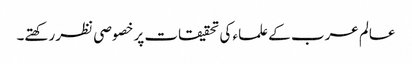
عالم عرب کے علماء کی تحقیقات پر خصوصی نظر رکھتے۔